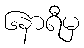
၆နာရီမှ